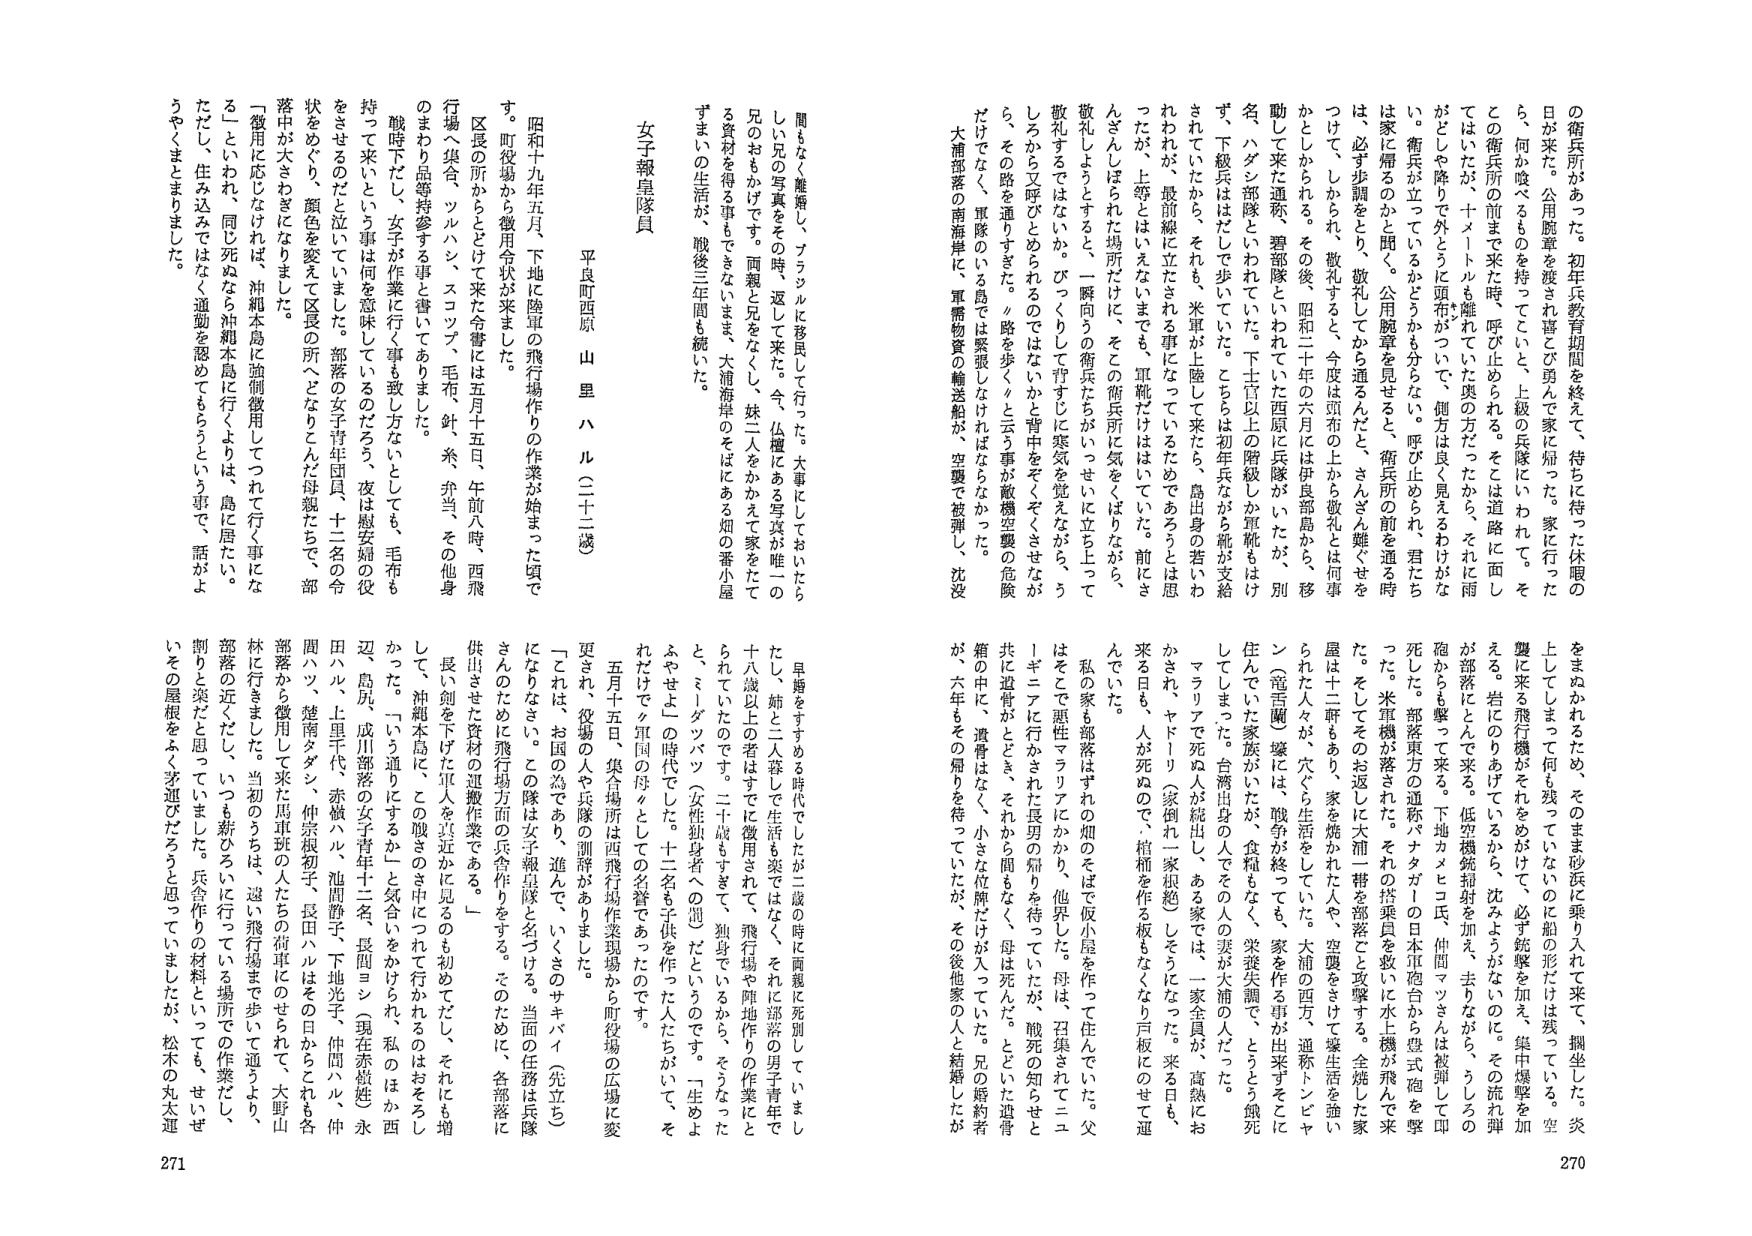
の衛兵所があった。初年兵教育期間を終えて、待ちに待った休暇の日が来た。公用腕章を渡され喜びごみんで家に帰った。家に行ったら、何か唆べるものを持ってこいと、上級の兵隊にいわれて。そ とは衛兵所の前まで来た時、呼び止められる。そこは道路に面して はいたが、十メートルも離れていた奥の方だったから、それに雨 がとしや降りて外とうに頭布がついて、健方は良く見えるわけがな い。衛兵が立っているかどうかも分らない。呼び止められ、君たちは家に帰るのかと聞く。公用腕章を見せると、衛兵所の前を通る時 は、必ず歩調をとり、敬礼してから通るんだと、さんざん難いせを つけて、しかられ、敬礼すると、今度は頭布の上から敬礼とは何事かと叱られる。その後、昭和二十年の六月には伊良部島から、移動して来た連称、碧部隊といわれていた西原に兵隊がいたが、別名、ハダン部隊といわれていた。下士官以上の階級しか軍靴もけ ず、下級兵ははだしで歩いていた。こちらは初年兵ながら靴が支給されていたから、それも、米軍が上陸して来たら、島出身の若いわ れわれが、最前線に立たされる事になっていたためであろうとは思 ったが、上等とはいえないまでも、軍靴だけは気けていた。前によ んざんしはられた場所だけに、そこの衛兵所に気をくばりながら、 敬礼しようとすると、一瞬向うの衛兵たちがいっせいに立ち上って 敬礼するではないか。びっくりして背すじに寒気を覚えながら、う しろから文呼びとめられるのではないかと背中をぞくぞくさせなが ら、その路を通りすぎた。『路を歩く』と云う事が敵機空襲の危険だけでなく、軍隊のいる島では緊張しなければなかった。 大浦部落の南海岸に、軍需物資の輸送船が、空襲で被弾し、沈没 270

をまぬかれるため、そのまま砂浜に乗り入れて来て、掲坐した。炎上してしまって何も残っていないのに船の形だけは残っている。空襲に来る飛行機がそれを見かけて、必ず銃撃を加え、集中爆撃を加える。岩にのりあけていながら、沈みがちなのに、その流れ弾が部落にとんで来る。低空機銃掃射を加え、ましながら、うしろの砲からも撃って来る。下地カメヒコ氏、仲間マッさんは被弾して即死した。部落東方の通称バタガーの日本軍砲台から豊式砲を撃った。米軍機が落された。それの搭乗員を救いに水上機が飛んで来た。そしてそのお返しに大浦一帯を部落ごと攻撃する。全焼した家屋は十二軒もあり、家を焼かれた人や、空襲をさけて壕生活を強いられた人々が、穴ぐら生活をしていた。大浦の西方、通称トンビャン（竜舌蘭）壕には、戦争が終っても、家を作る事が出来ずに住んでいた家族がいたが、食糧もなく、栄養失調で、とうとう餓死してしまった。台湾出身の人でその人の妻が大浦の人だった。マラリアで死ぬ人が続出し、ある家では、一家全員が、高熱におかされ、ヤドリ（家倒れ一家根絶）しそうになった。来る日も、来る日も、人が死ぬので、棺桶を作る板もなくなり戸板にのせて運んでいた。 私の家も部落はずれの畑のそばで仮小屋を作って住んでいた。父はそこで悪性マラリアにかかり、他界した。母は、召集されてニューギニアに行かされた長男の帰りを待っていたが、戦死の知らせと共に遺骨がとどき、それから間もなく、母は死んだ。とどいた遺骨箱の中に、遺骨はなく、小さな位牌だけが入っていた。兄の婚約者が、六年もその帰りを待っていたが、その後他家の人と結婚したが

女子報皇隊員 平良町西原 山里ハル（二十二歳） 昭和十九年五月、下地に陸軍の飛行場作りの作業が始まった頃です。町役場から徴用令状が来ました。 区長の所からとされて来た命令は五月十五日、午前時、西飛行場へ集合。ツルハシ、スコップ、毛布、針、糸、弁当、その他身のまわり品等持参する事と書いてありました。 戦時下だし、女子が作業に行く事は致し方ないとしても、毛布も持って来いという事は何を意味しているのだろう、夜は慰安婦の役をさせるのだと泣いていました。部落の女子青年団員、十二名の令状をめぐり、顔色を変えて区長の所へどなりこんだ母親たちで、部落中が大ざわぎになりました。 「徴用に応じなければ、沖縄本島に強制徴用してつれて行く事になる」といわれ、同じ死ぬなら沖縄本島に行くよりは、島に居たい。ただし、住み込みではなく通勤を認めてもらうという事で、話がようやくまとまりました。 271

早婚をすすめる時代でしたが二歳の時に両親に死別していまし たし、姉と二人暮して生活も楽ではなく、それに部落の男子青年で十八歳以上の者はすでに徴用されて、飛行場や陣地作りの作業にと られていたのです。二十歳もすぎて、独身でいるから、そうなった と、ミレダッパツ（女性独身者の囲）だというのです。「生めよ ふやせよ」の時代でした。十二名も子供を作った人たちがいて、そ れだけで夕軍国の母々としての名誉であったのです。 五月十五日、集合場所は西飛行場作業現場から町役場の広場に変更され、役場の人や兵隊の訓辞がありました。 「これは、お国の為であり、進んで、いくさのサキバイ（先立ち）になります。この隊は女子報皇隊と名づける。当面の任務は兵隊さんのために飛行場方面の兵舎作りをすす。そのために、各部落に供出させた資材の運搬作業である。」 そして、沖縄本島に、二人の戦さに見るのも初めてだし、それにも増して、沖縄本島に、この戦さのき中につれて行かれるのはおそろしかった。「いう通りにするか」と気合いをかけられ、私のほか西辺、島尻、成川部落の女子青年十二名、長閑ヨシ（現在赤嶽姓）、永田ハル、上里千代、赤嶺ハル、池間静子、下地光子、仲間ハル、仲間ハツ、楚南タダン、仲宗根初子、長田ハルはその日からこれも各部落から徴用して来た馬車班の人たちの荷車にのせられて、大野山林に行きました。当初のうちは、遠い飛行場まで歩いて通うよう、部落の近くだし、いつも薪のように、行っている場所での作業だし、割りと楽だと思っていました。兵舎作りの材料といっても、せいぜいその屋根をふく茅運びだろうと思っていましたが、松木の丸太運